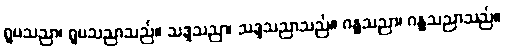
ရူပသညာ၊ ရူပသညာသည်။ သဒ္ဒသညာ၊ သဒ္ဒသညာသည်။ ဂန္ဓသညာ၊ ဂန္ဓသညာသည်။